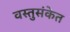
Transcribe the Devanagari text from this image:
वस्तुसंकेत